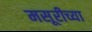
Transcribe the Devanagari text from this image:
मसूरीच्या